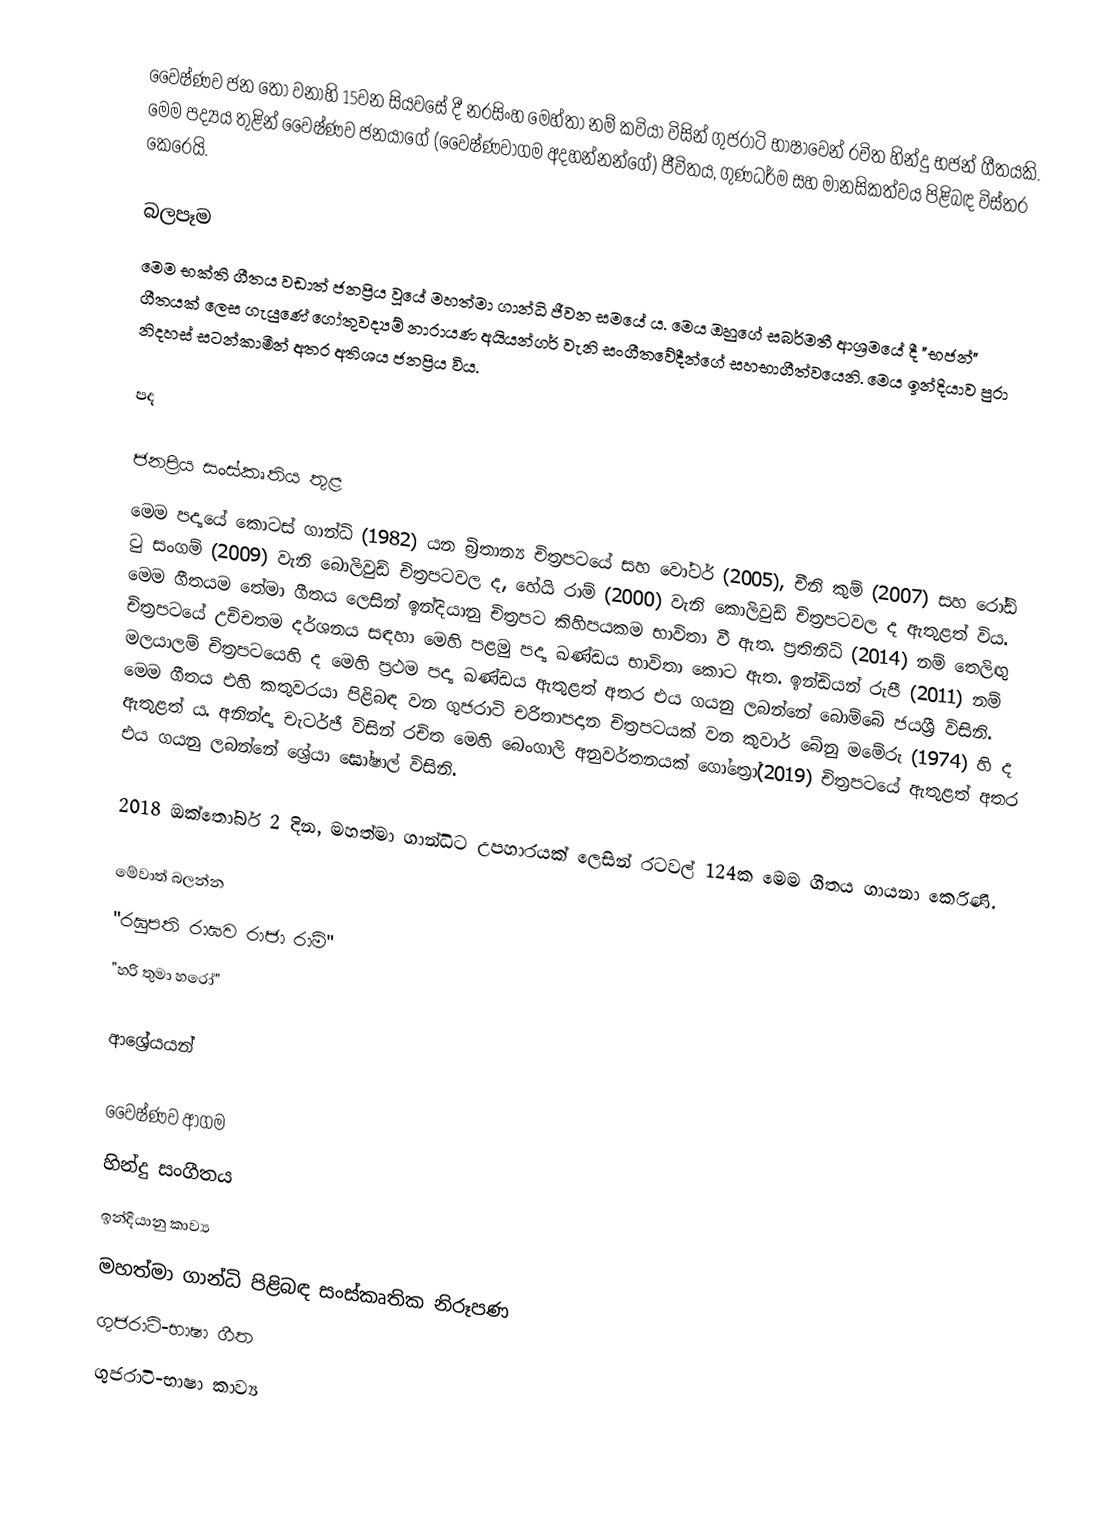
වෛෂ්ණව ජන තෝ වනාහි 15වන සියවසේ දී නරසිංහ මෙහ්තා නම් කවියා විසින් ගුජරාටි භාෂාවෙන් රචිත හින්දු භජන් ගීතයකි. මෙම පද්‍යය තුළින් වෛෂ්ණව ජනයාගේ (වෛෂ්ණවාගම අදහන්නන්ගේ) ජීවිතය, ගුණධර්ම සහ මානසිකත්වය පිළිබඳ විස්තර කෙරෙයි.

බලපෑම
මෙම භක්ති ගීතය වඩාත් ජනප්‍රිය වූයේ මහත්මා ගාන්ධි ජීවන සමයේ ය. මෙය ඔහුගේ සබර්මතී ආශ්‍රමයේ දී "භජන්" ගීතයක් ලෙස ගැයුණේ ගෝතුවද්‍යම් නාරායණ අයියන්ගර් වැනි සංගීතවේදීන්ගේ සහභාගීත්වයෙනි. මෙය ඉන්දියාව පුරා නිදහස් සටන්කාමීන් අතර අතිශය ජනප්‍රිය විය.

පද

ජනප්‍රිය සංස්කෘතිය තුළ
මෙම පද්‍යයේ කොටස් ගාන්ධි (1982) යන බ්‍රිතාන්‍ය චිත්‍රපටයේ සහ වෝටර් (2005), චීනි කුම් (2007) සහ රෝඩ් ටු සංගම් (2009) වැනි බොලිවුඩ් චිත්‍රපටවල ද, හේයි රාම් (2000) වැනි කොලිවුඩ් චිත්‍රපටවල ද ඇතුළත් විය. මෙම ගීතයම තේමා ගීතය ලෙසින් ඉන්දියානු චිත්‍රපට කිහිපයකම භාවිතා වී ඇත. ප්‍රතිනිධි (2014) නම් තෙලිඟු චිත්‍රපටයේ උච්චතම දර්ශනය සඳහා මෙහි පළමු පද්‍ය ඛණ්ඩය භාවිතා කොට ඇත. ඉන්ඩියන් රුපී (2011) නම් මලයාලම් චිත්‍රපටයෙහි ද මෙහි ප්‍රථම පද්‍ය ඛණ්ඩය ඇතුළත් අතර එය ගයනු ලබන්නේ බොම්බේ ජයශ්‍රී විසිනි. මෙම ගීතය එහි කතුවරයා පිළිබඳ වන ගුජරාටි චරිතාපදාන චිත්‍රපටයක් වන කුවාර් බේනු මමේරු (1974) හි ද ඇතුළත් ය. අනින්ද්‍ය චැටර්ජී විසින් රචිත මෙහි බෙංගාලි අනුවර්තනයක් ගෝත්‍රෝ(2019) චිත්‍රපටයේ ඇතුළත් අතර එය ගයනු ලබන්නේ ශ්‍රේයා ඝෝෂාල් විසිනි.

2018 ඔක්තෝබර් 2 දින, මහත්මා ගාන්ධිට උපහාරයක් ලෙසින් රටවල් 124ක මෙම ගීතය ගායනා කෙරිණි.

මේවාත් බලන්න
 "රඝුපති රාඝව රාජා රාම්"
 "හරි තුමා හරෝ"

ආශ්‍රේයයන්

වෛෂ්ණව ආගම
හින්දු සංගීතය
ඉන්දියානු කාව්‍ය
මහත්මා ගාන්ධි පිළිබඳ සංස්කෘතික නිරූපණ
ගුජරාටි-භාෂා ගීත
ගුජරාටි-භාෂා කාව්‍ය